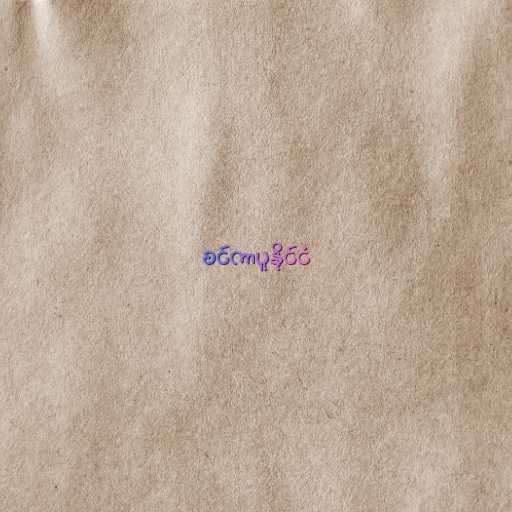
စင်ကာပူနိုင်ငံ